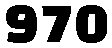
970